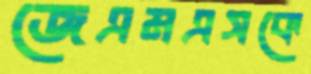
জেএমএসকে